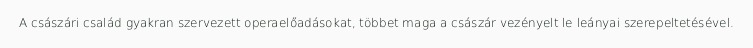
A császári család gyakran szervezett operaelőadásokat, többet maga a császár vezényelt le leányai szerepeltetésével.